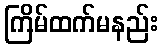
ကြိမ်ထက်မနည်း